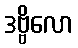
ဒဗ္ဗိလော